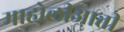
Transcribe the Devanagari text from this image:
माहोलीआती